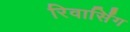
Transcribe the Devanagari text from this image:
रिवार्सिंग